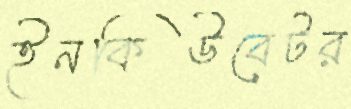
ইনকিউবেটর